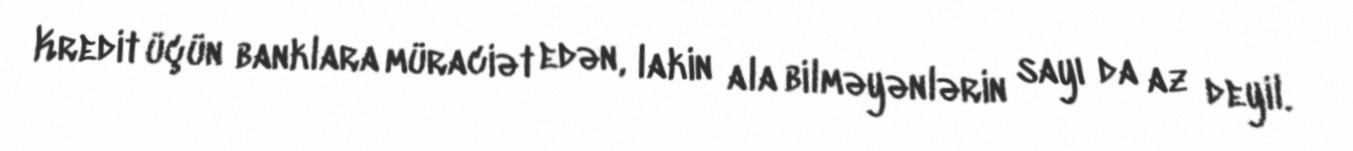
Kredit üçün banklara müraciət edən, lakin ala bilməyənlərin sayı da az deyil.